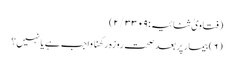
(فتاویٰ ثنائیہ:۲/۳۳۰۹)
(۶) بیمار پر بعد صحت روزہ رکھنا واجب ہے یا نہیں؟